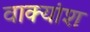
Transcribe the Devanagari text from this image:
वाक्‍यांश